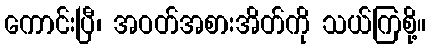
ကောင်းပြီ၊ အဝတ်အစားအိတ်ကို သယ်ကြစို့။